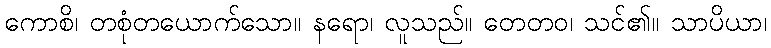
ကောစိ၊ တစုံတယောက်သော။ နရော၊ လူသည်။ တေတဝ၊ သင်၏။ သာပိယာ၊